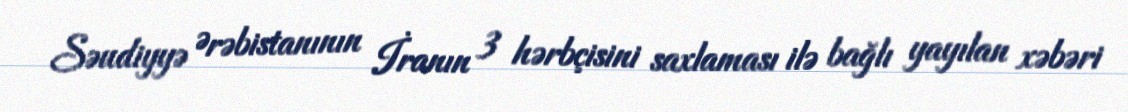
Səudiyyə Ərəbistanının İranın 3 hərbçisini saxlaması ilə bağlı yayılan xəbəri